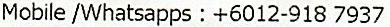
MOBILE /WHATSAPPS : +6012-918 7937